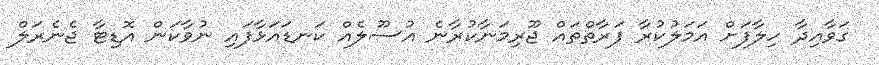
ގަވާއިދާ ހިލާފަށް އަމަލުކުރާ ފަރާތްތައް ޖޫރިމަނާކުރާނެ އުސޫލެއް ކަނޑައަޅާފައި ނުވާކަން އޮޑިޓާ ޖެނެރަލް